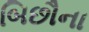
બિછૌના